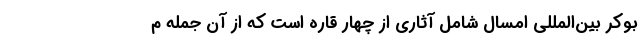
بوکر بین‌المللی امسال شامل آثاری از چهار قاره است که از آن جمله م